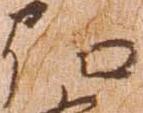
弘